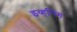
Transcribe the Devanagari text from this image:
इव्हनिंग